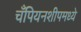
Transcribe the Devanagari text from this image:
चँपियनशीपमध्ये